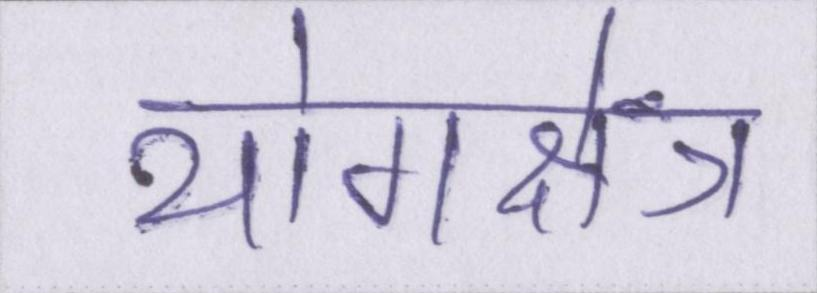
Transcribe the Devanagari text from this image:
योगक्षेत्र